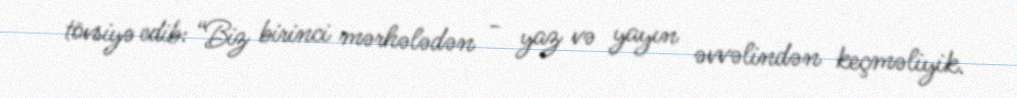
tövsiyə edib: “Biz birinci mərhələdən - yaz və yayın əvvəlindən keçməliyik.